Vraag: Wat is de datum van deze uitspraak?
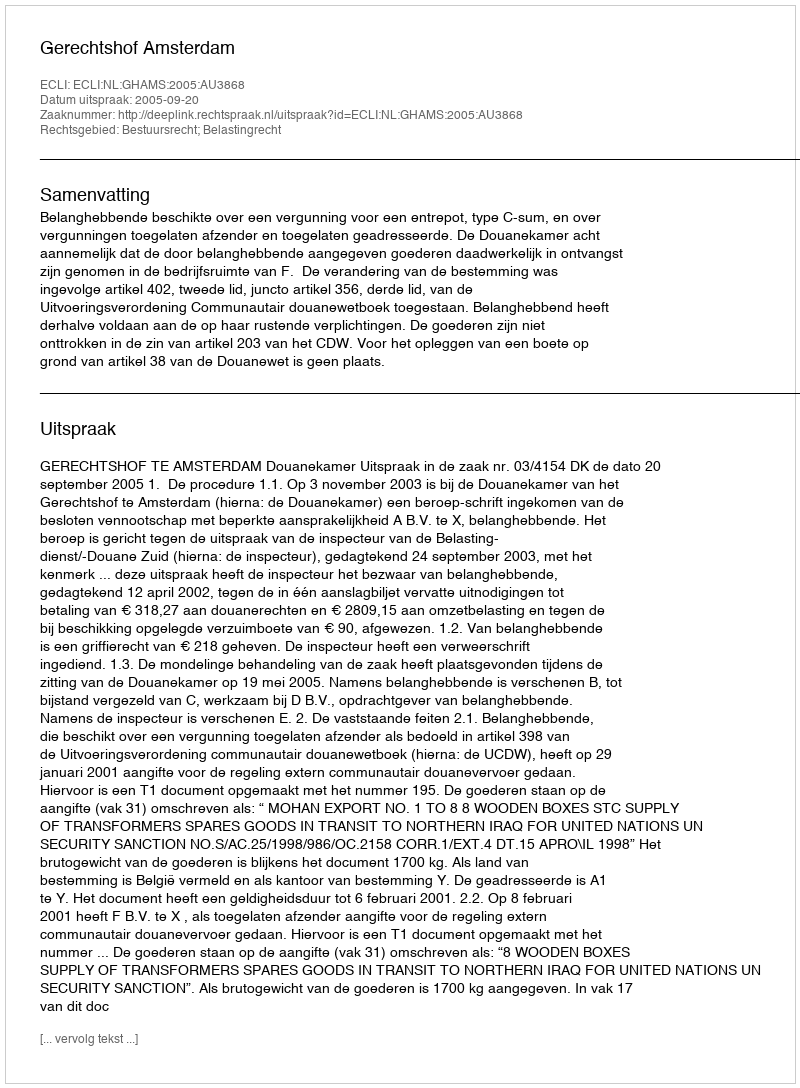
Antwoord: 2005-09-20